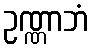
ဥဏ္ဏာဘံ